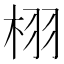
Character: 栩